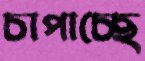
চাপাচ্ছে